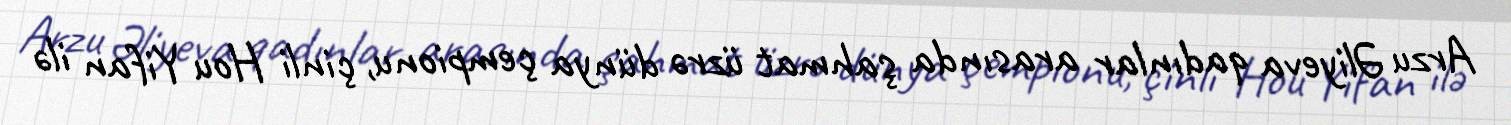
Arzu Əliyeva qadınlar arasında şahmat üzrə dünya çempionu, çinli Hou Yifan ilə